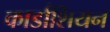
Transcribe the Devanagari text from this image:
कार्डाशियन